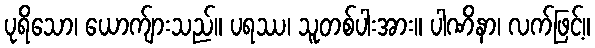
ပုရိသော၊ ယောက်ျားသည်။ ပရဿ၊ သူတစ်ပါးအား။ ပါဏိနာ၊ လက်ဖြင့်။